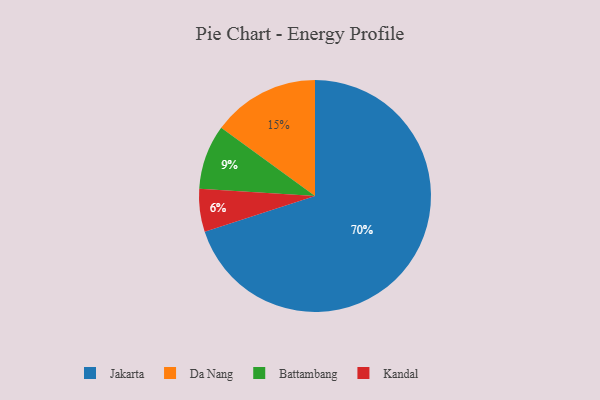
{"axis": {"x": "Category", "y": "Percentage"}, "legend": ["Battambang", "Da Nang", "Jakarta", "Kandal"], "data": [{"x": "Kandal", "y": 6, "type": "Kandal"}, {"x": "Jakarta", "y": 70, "type": "Jakarta"}, {"x": "Da Nang", "y": 15, "type": "Da Nang"}, {"x": "Battambang", "y": 9, "type": "Battambang"}]}